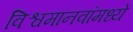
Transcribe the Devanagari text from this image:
विश्वमानवांमध्ये